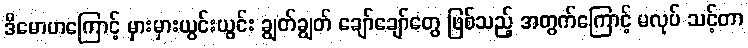
ဒီမောဟကြောင့် မှားမှားယွင်းယွင်း ချွတ်ချွတ် ချော်ချော်တွေ ဖြစ်သည့် အတွက်ကြောင့် မလုပ် သင့်တာ